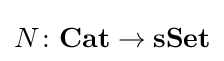
N\colon \mathbf {Cat} \rightarrow \mathbf {sSet}